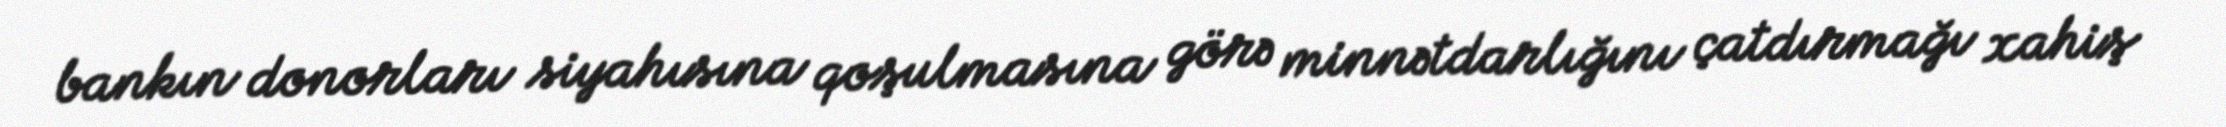
bankın donorları siyahısına qoşulmasına görə minnətdarlığını çatdırmağı xahiş